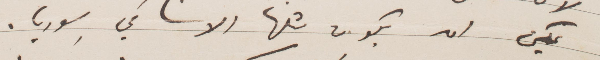
يمكن ان يكون مثلها الانسان في سوريا.